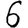
Digit: 6